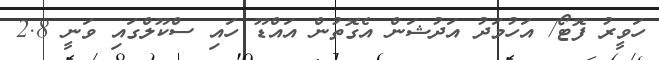
ހަވީރު ފޮޓޯ/ އަހުމަދު އަދުޝަން އެގޮތުން އައްޑޫ ހައި ސްކޫލްގައި ވަނީ 2.8